画像に写った文字を読んでください
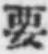
「要」と書いてあります